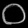
Digit: ၀